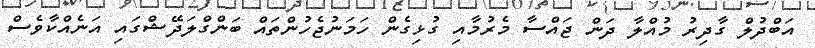
އަބްދުލް ގާދިރު މުއްލާ ދަން ޖައްސާ މެރުމާއި ގުޅިގެން ހަމަނުޖެހުންތައް ބަންގްލަދޭޝްގައި އަނެއްކާވެސް